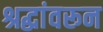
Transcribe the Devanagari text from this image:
श्रद्धांवरून